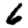
Digit: 6